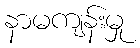
နာမကျန်းမှု